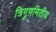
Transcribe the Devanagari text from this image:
त्रिगुणमितीय